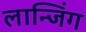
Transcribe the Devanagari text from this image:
लान्जिंग